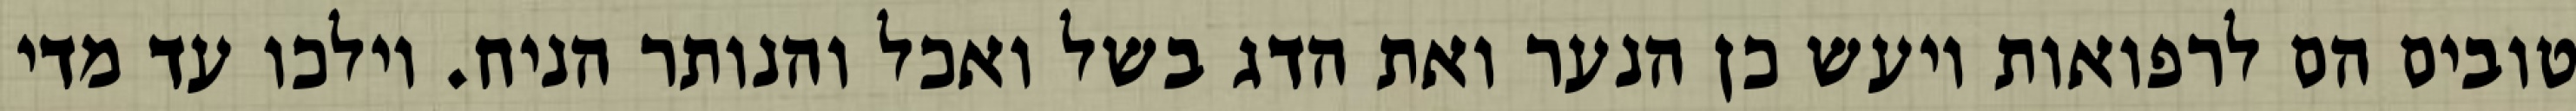
טובים הם לרפואות ויעש כן הנער ואת הדג בשל ואכל והנותר הניח. וילכו עד מדי